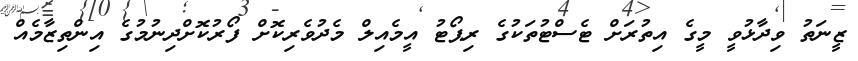
ޒީނަތު ވިދާޅުވީ މީގެ އިތުރަށް ޓެސްޓުތަކުގެ ރިޕޯޓު އީމެއިލް މެދުވެރިކޮށް ފޯރުކޮށްދިނުމުގެ އިންތިޒާމެއް